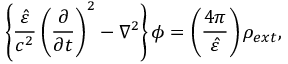
\left\{ { \frac { \hat { \varepsilon } } { c ^ { 2 } } } \left( { \frac { \partial } { \partial t } } \right) ^ { 2 } - \nabla ^ { 2 } \right\} \phi = \left( \frac { 4 \pi } { \hat { \varepsilon } } \right) \rho _ { e x t } ,